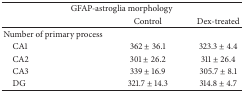
| <COLSPAN=3> GFAP-astroglia morphology |
 |  | Control | Dex-treated |
 | --- | --- | --- |
 | Number of primary process |  |  |
 | CA1 | 362 ± 36.1 | 323.3 ± 4.4 |
 | CA2 | 301 ± 26.2 | 311 ± 26.4 |
 | CA3 | 339 ± 16.9 | 305.7 ± 8.1 |
 | DG | 321.7 ± 14.3 | 314.8 ± 4.7 |